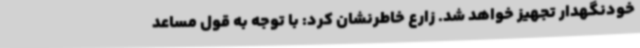
خودنگهدار تجهیز خواهد شد. زارع خاطرنشان کرد: با توجه به قول مساعد